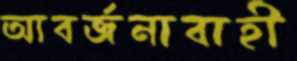
আবর্জনাবাহী